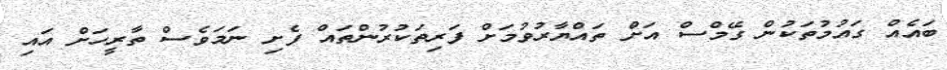
ބައެއް ގައުމުތަކުން ގޭމްސް އަށް ތައްޔާރުވުމަށް ފަރިތަކުރުންތައް ފެށި ނަމަވެސް ތާރީހަށް އައި